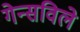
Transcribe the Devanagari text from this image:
गेन्सविले